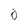
Character: 0